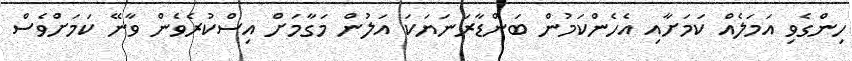
ހިންގެވި އަމަލެއް ކަމަށާއި އެހެންކަމުން ބަންޑާރަނަޔަކަ އަލުން މަގާމަށް އިސްކުރެވެން ވާނޭ ކަމަށްވެސް